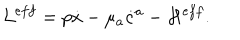
{ \cal { L } } ^ { e f f } = p \dot { x } - \mu _ { a } \dot { c } ^ { a } - { \cal H } ^ { e f f } .